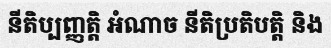
នីតិប្បញ្ញត្តិ អំណាច នីតិប្រតិបត្តិ និង